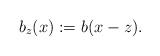
LaTeX: \begin{align*} b_z(x):= b(x-z).\end{align*}